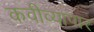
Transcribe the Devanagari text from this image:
कवीव्यापार